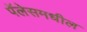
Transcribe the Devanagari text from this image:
पॅलेसमधील